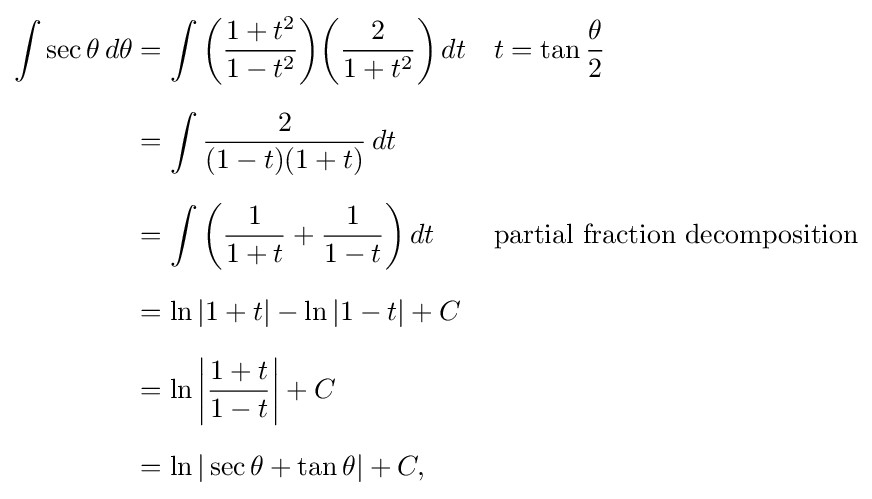
{\begin{aligned}\int \sec \theta \,d\theta &=\int \left({\frac {1+t^{2}}{1-t^{2}}}\right)\!\left({\frac {2}{1+t^{2}}}\right)dt&&t=\tan {\frac {\theta }{2}}\\[6pt]&=\int {\frac {2}{(1-t)(1+t)}}\,dt\\[6pt]&=\int \left({\frac {1}{1+t}}+{\frac {1}{1-t}}\right)dt&&{\text{partial fraction decomposition}}\\[6pt]&=\ln |1+t|-\ln |1-t|+C\\[6pt]&=\ln \left|{\frac {1+t}{1-t}}\right|+C\\[6pt]&=\ln |\sec \theta +\tan \theta |+C,\end{aligned}}